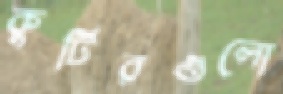
কুটিরগুলো